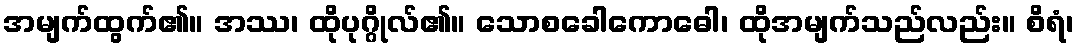
အမျက်ထွက်၏။ အဿ၊ ထိုပုဂ္ဂိုလ်၏။ သောစခေါကောဓေါ၊ ထိုအမျက်သည်လည်း။ စိရံ၊